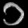
Digit: ၁